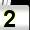
Digit: 2